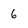
Character: 6